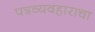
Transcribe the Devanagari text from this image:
पत्रव्यवहाराचा